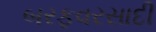
બરફવરસાદી